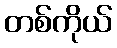
တစ်ကိုယ်